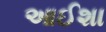
આઈશા